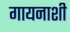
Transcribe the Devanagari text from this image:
गायनाशी